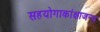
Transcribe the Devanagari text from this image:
सहयोगाकांक्षाजन्य